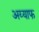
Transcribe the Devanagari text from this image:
अय्याफ